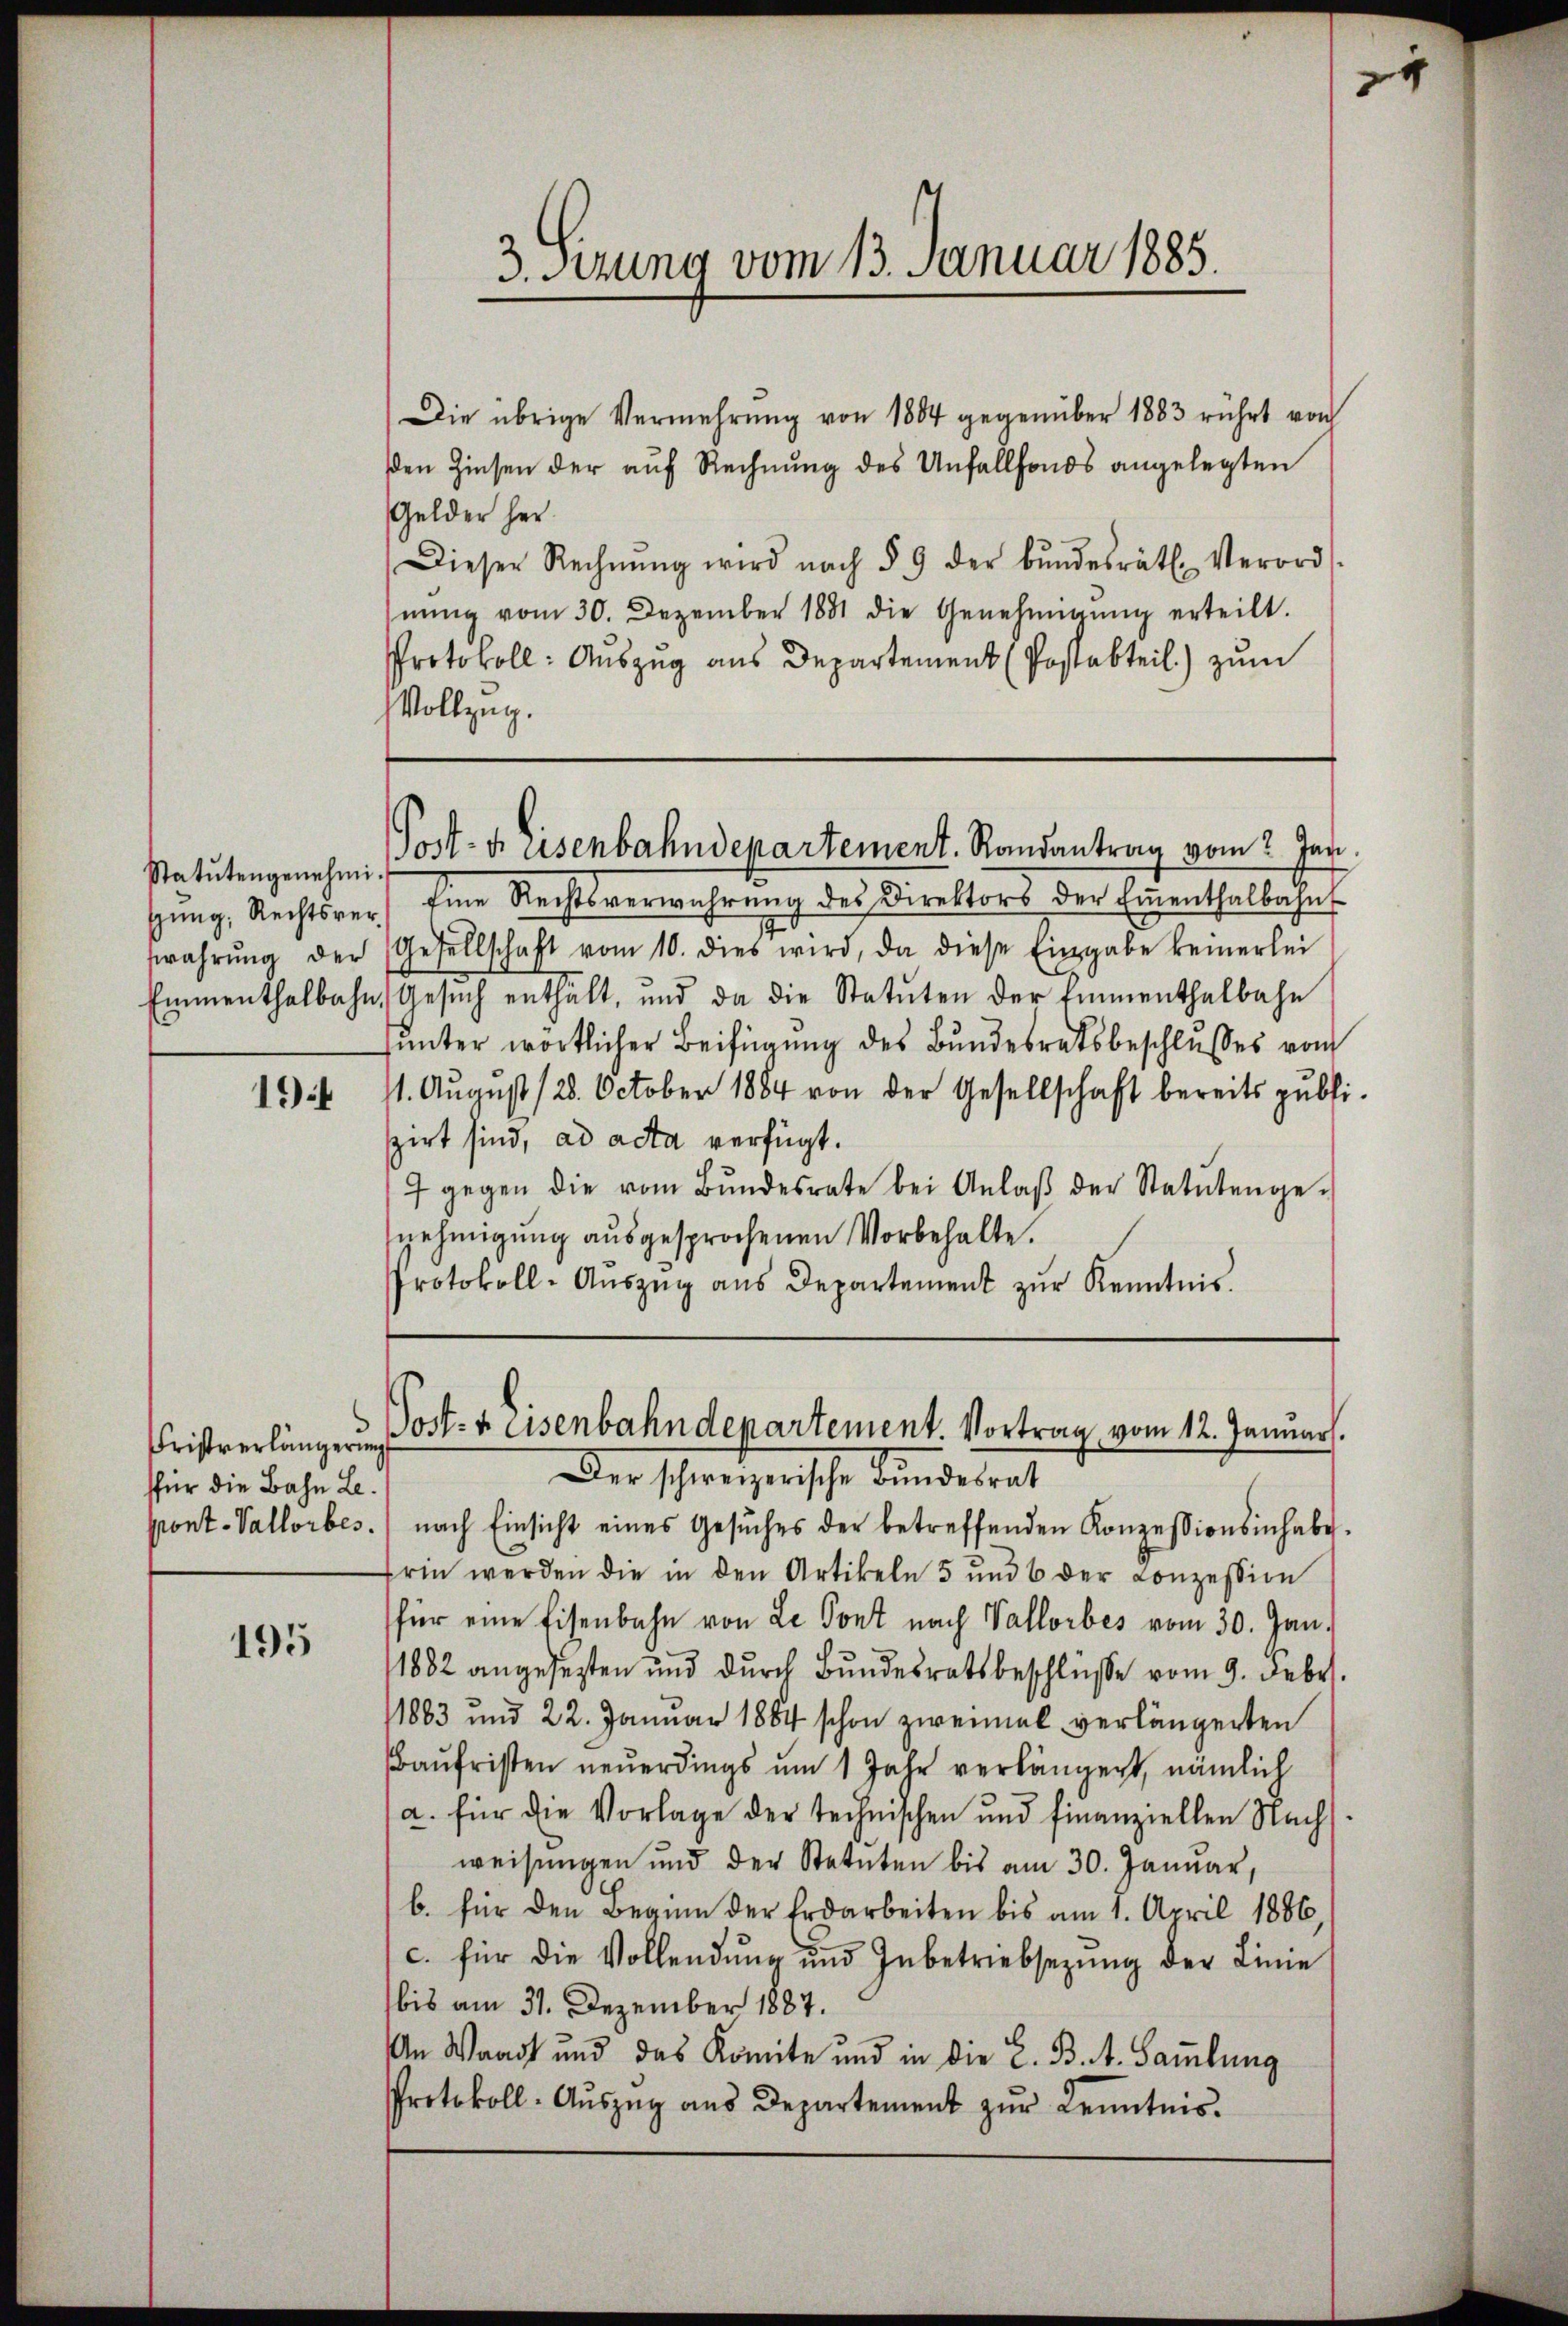
Statutengenehmi-

194

Fristverlängerung
ffür die Bahn Le
pont. Vallorbes.

195

Die übrige Vermehrung von 1864 gegenüber 1883 rührt von
en Zinsen der auf Rechnung des Unfallfonds angelegten
Gelder her
Dieser Rechnŭng wird nach § 9 der Bŭndesrätl. Verord-
nŭng vom 30. Dezember 1881 die Genehmigŭng erteilt.
Protokoll: Auszug aus Departement (Postabteil) zum
Vollzug.

3. Sitzung vom 13. Januar 1883.

Post- u. asenbahndepartement. Randantrag vom 2. Jan

gŭng: Rechtsver Eine Rechtsverwahrŭng des Direktors der Eṁenthalbahnt
swahrŭng der Gesellschaft vom 10. dies wird, da diese Eingabe keinerlei
Emmenthalbahn, Gesŭch enthalt, und da die Statŭten der Emmenthalbahn
hunter wörtlicher Beifügung des Bundesratsbeschlusses von
11. August 128. October 1884 von der Gesellschaft bereits publispirt sind, ad acta verfügt.
7 gegen die vom Bŭndesrate bei Anlaβ der Statutenge-
nehmigung ausgesprochenen Vorbehalte.
Protokoll-Aŭszŭg ans Departement zŭr Kenntnis.

Post- & Eisenbahndepartement. Vortrag, vom 12. Januar.
Der Schweizerische Kindesrat

nach Einsicht eines Gesŭches der betreffenden Konzessionsinhabe.
frin werden die in den Artikeln 5 und 6 der Conzession
für eine Eisenbahn von Le Pont nach Vallorbes vom 30. Jan.
1882 angesezten und durch Bundesratsbeschlüsse vom 9. Febr.
11883 und 22. Januar 1884 schon zweimal verlängerten
aufristen neuerdings um 1 Jahr verlängert, nämlich
a. für die Vorlage der technischen und finanziellen Nachs
weisungen und der Statuten bis am 30. Januar,
b. für den Beginn der Erdarbeiten bis am 1. April 1886,
c. für die Vollendŭng und Inbetriebsezŭng der Linie
bis am 31. Dezember 1887.
An Waadt und das Komite und in die L. B. 4. Sammlung
Protokoll- Auszug aus Departement zur Kenntnis.

4